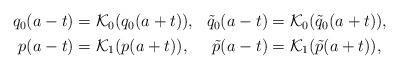
LaTeX: \begin{align*}\begin{aligned} q_0(a-t)&=\mathcal{K}_0(q_0(a+t)), &\tilde{q}_0(a-t)&=\mathcal{K}_0(\tilde{q}_0(a+t)),\\ p(a-t)&=\mathcal{K}_1(p(a+t)), &\tilde{p}(a-t)&=\mathcal{K}_1(\tilde{p}(a+t)),\end{aligned}\end{align*}